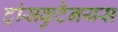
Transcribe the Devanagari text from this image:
ट्रांसकुटैनयस